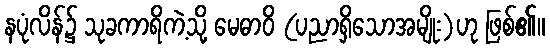
နပုံလိန်၌ သုခကာရိကဲ့သို့ မေဓာဝိ (ပညာရှိသောအမျိုး)ဟု ဖြစ်၏။